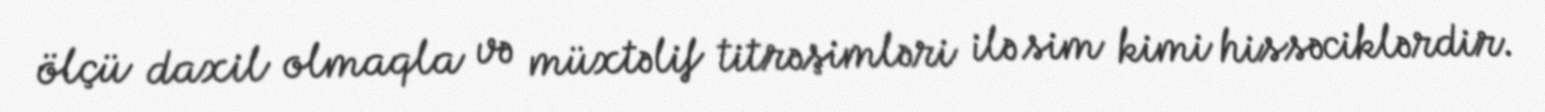
ölçü daxil olmaqla və müxtəlif titrəşimləri ilə sim kimi hissəciklərdir.